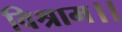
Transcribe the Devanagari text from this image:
विश्राम।।